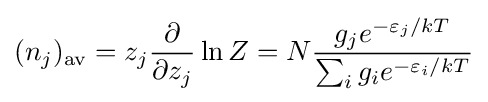
(n_{j})_{\text{av}}=z_{j}{\frac {\partial }{\partial z_{j}}}\ln Z=N{\frac {g_{j}e^{-\varepsilon _{j}/kT}}{\sum _{i}g_{i}e^{-\varepsilon _{i}/kT}}}